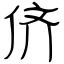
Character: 侪